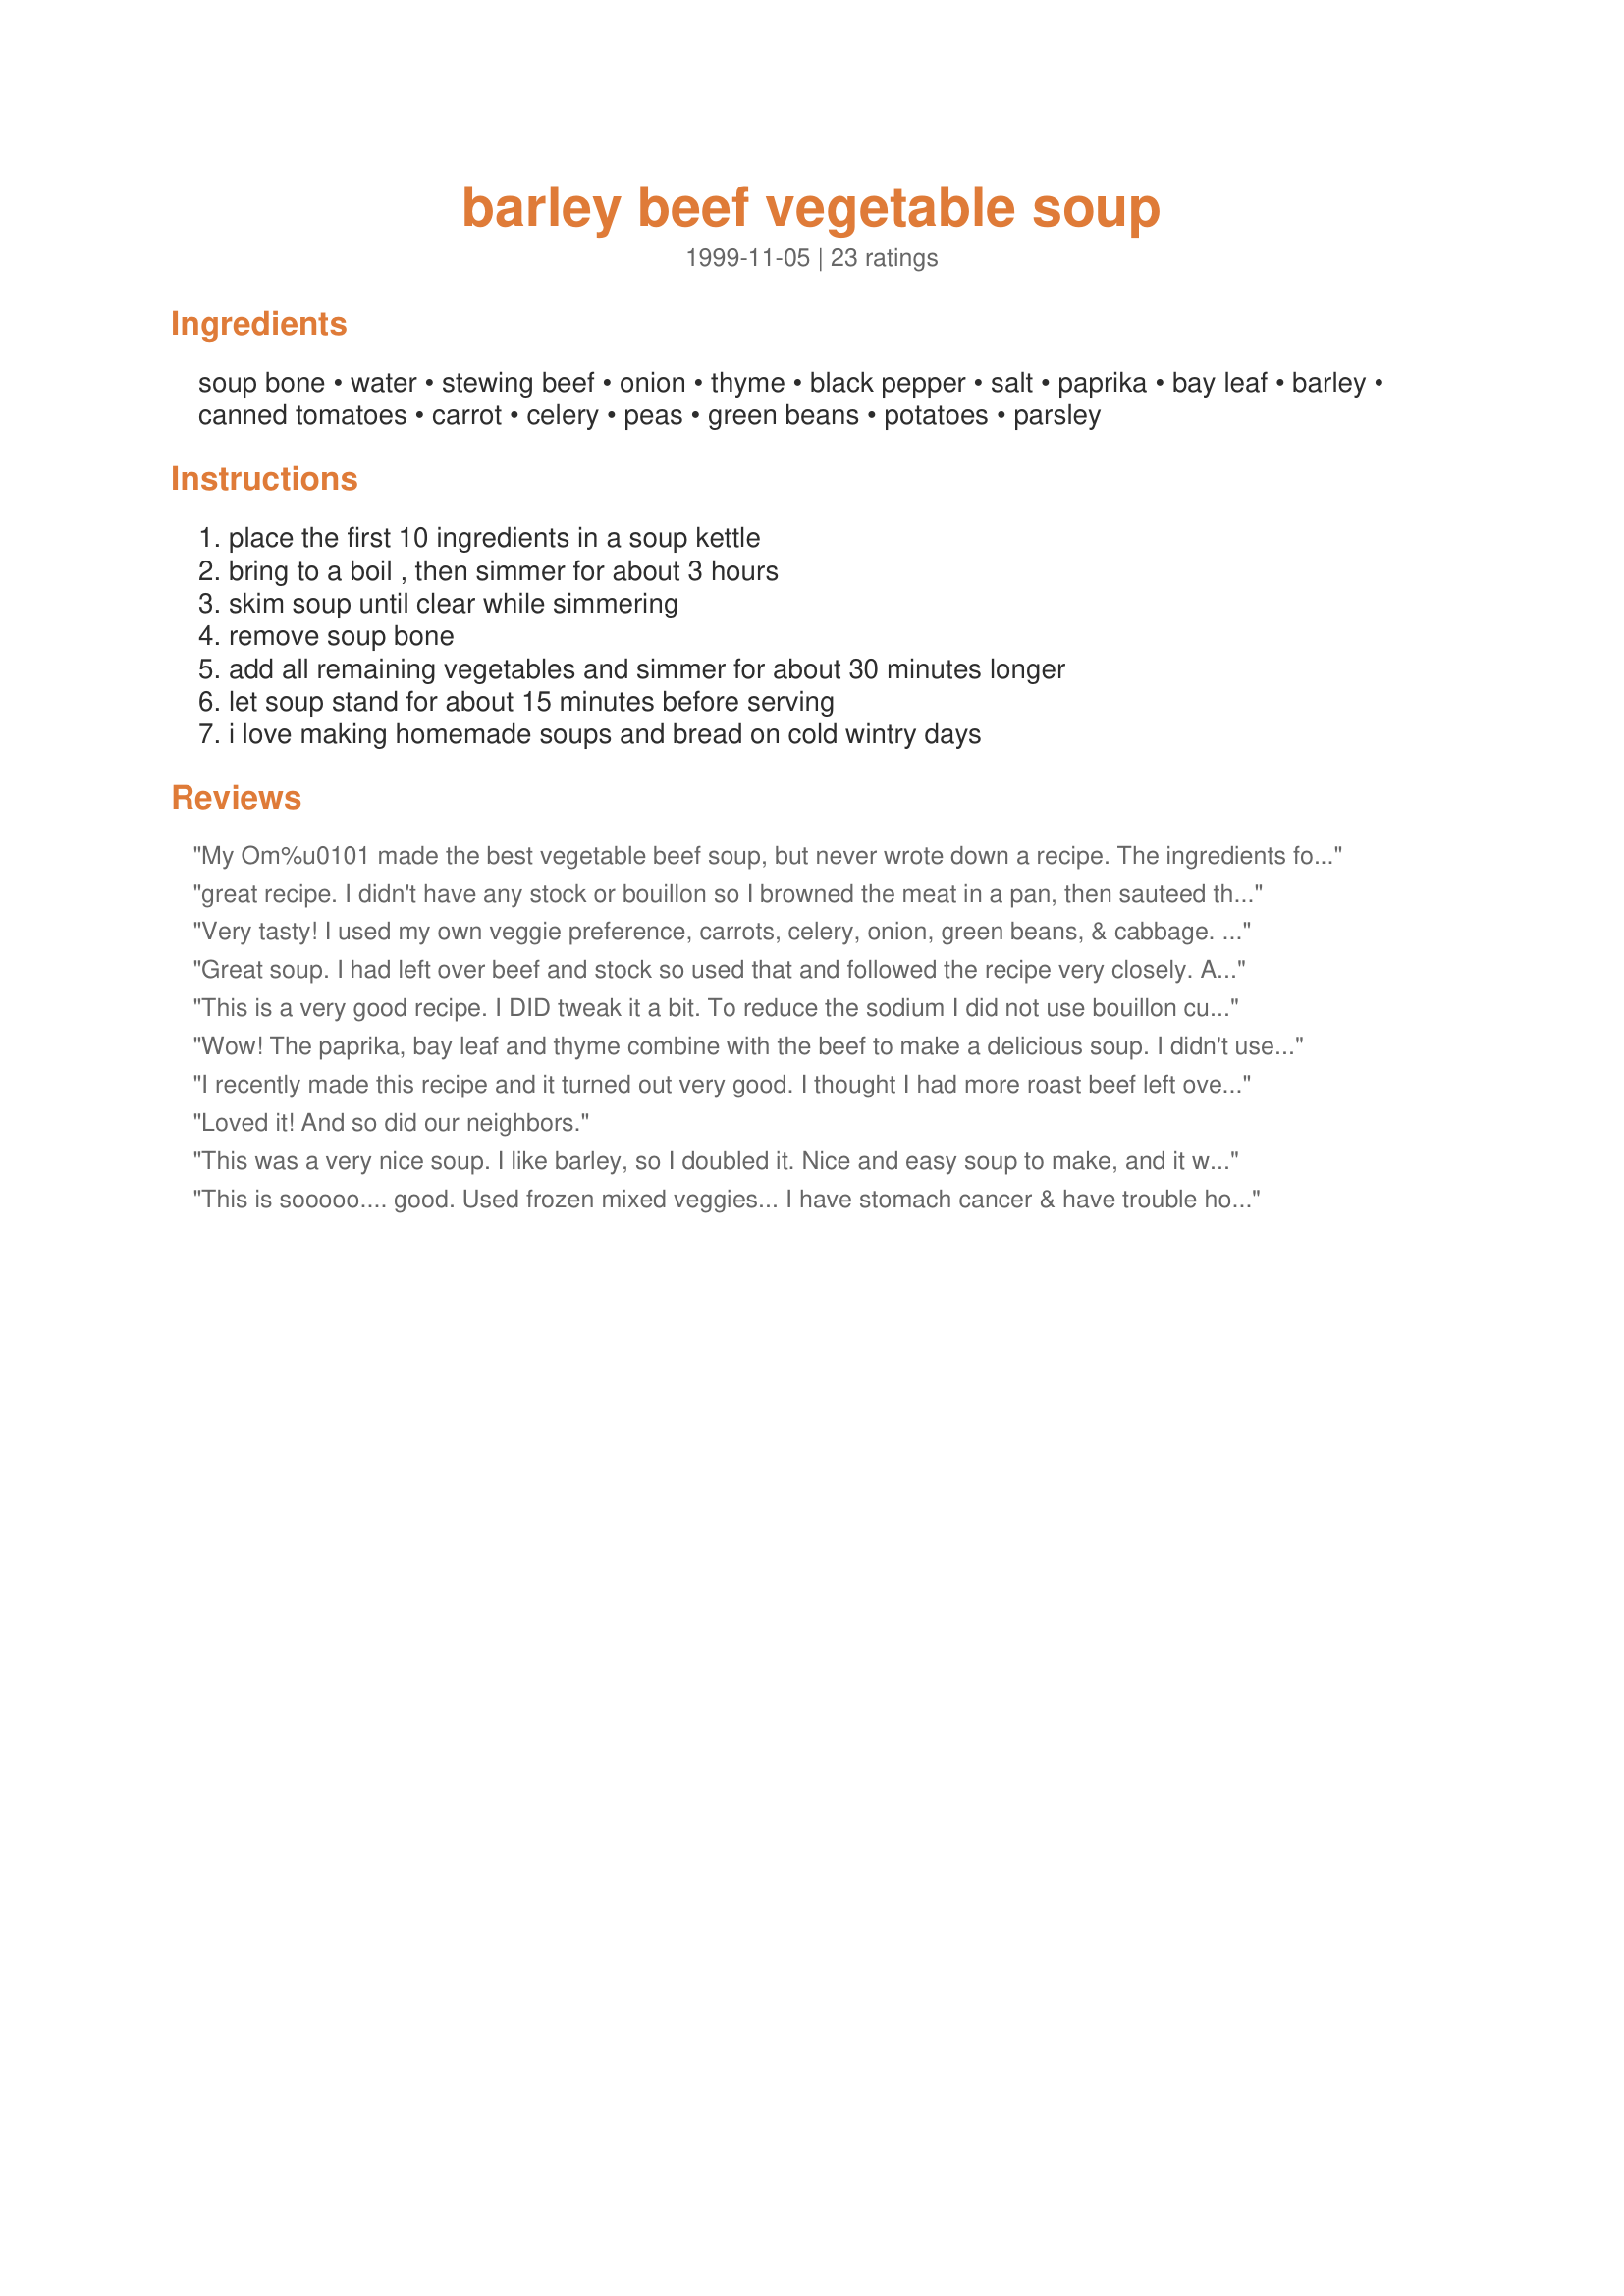
barley beef vegetable soup
Preparation time: 0 minutes

Ingredients:
soup bone, water, stewing beef, onion, thyme, black pepper, salt, paprika, bay leaf, barley, canned tomatoes, carrot, celery, peas, green beans, potatoes, parsley

Steps:
place the first 10 ingredients in a soup kettle, bring to a boil , then simmer for about 3 hours, skim soup until clear while simmering, remove soup bone, add all remaining vegetables and simmer for about 30 minutes longer, let soup stand for about 15 minutes before serving, i love making homemade soups and bread on cold wintry days

Reviews:
My Om%u0101 made the best vegetable beef soup, but never wrote down a recipe. The ingredients for this soup looked right so I cooked up a batch. Not quite the same, but very good. I did substitute crushed tomatoes for the chopped. (Can't handle that texture!) I%u2019ll certainly make it again and see if I can%u2019t tweak it just a bit closer.
great recipe. I didn't have any stock or bouillon so I browned the meat in a pan, then sauteed the onions a bit in the same pan. after that I de-glazed the pan with just plain old water and used that for the liquid. turned out great!
Very tasty! I used my own veggie preference, carrots, celery, onion, green beans, & cabbage. I left out the potatoes as I don't like them in soups & stews, they just get too mushy for me. I had 2 packages of soup bones in the freezer I wanted to use up, they had a lot of meat on them so just used that for the meat, it was fall of the bone tender, & really flavorful. We really enjoyed this & my elderly neighbor will too when we take him some tomorrow. Thanks Ziggy!
Great soup. I had left over beef and stock so used that and followed the recipe very closely. After I got home I added the veggies and let it cook. Very easy and great flavors.
This is a very good recipe. I DID tweak it a bit. To reduce the sodium I did not use bouillon cubes. And i used beef broth in place of the water. Other than that I pretty much stuck to the recipe! YUM!
Wow! The paprika, bay leaf and thyme combine with the beef to make a delicious soup. I didn't use peas or potatoes, so I added some turnips with greens. I waited until the end to add the salt and pepper, and finished with 1 teaspoon fresh thyme from my freezer. Thank you, Ziggy, I'll make this again.
I recently made this recipe and it turned out very good. I thought I had more roast beef left over than I did, so I had to use hamburger. I wasn't too sure about that, but it wasn't too bad (would've been better with stewing beef or steak, but i was without a car that day, so what can you do?) I also thought I had boullion left in the cupboard that wasn't there when I went for it, so had to settle for the gravy from the left over roast beef dinner. It wasn't the nice clear soup I had envisioned when I started out making this recipe, and I thought it might be a bit bland, but my family assured me that it was very good. I can't wait to try this one again with all the right ingredients!
Loved it! And so did our neighbors.
This was a very nice soup. I like barley, so I doubled it. Nice and easy soup to make, and it will last my family of 3 for a while!
This is sooooo.... good. Used frozen mixed veggies... I have stomach cancer & have trouble holding food down. Believe me, I ate more of this than anything I've been able to eat in a long time. Thank you, ziggy, for sharing a heart warming (& stomach settling) soup. I'm very grateful.
This is an superb recipe! Of course us cooks make the thing exactly as published, then we "tweek" it to our needs in subsequent makings. I make about 3 gallons at a time and after my family has our dinner, I divide it up into plastic containers and freeze most of it. BTW, Deer and Elk work as substitutes for beef and taste excellent! This is really, really tasty!!!
You say - add first 10 ingredients together and let boil and then simmer for 3 hours and &quot;(2) Skim soup til clear while simmering.&quot;

I did this and the onions came to the top with the &quot;stuff&quot; to skim. I had to take the onions out with skimmer to get rid of the &quot;stuff&quot;. Then I rinsed out the onions and added them back to the water.

I think there is a problem with the &quot;skimming&quot;. 

My question is - Do you really mean - add the onions with the first top 10 ingredients?? Or should they be added in later?
Don&#039;t like the potatoes. But otherwise this is good.
Excellent soup. I made this last winter and I can't wait to make it again.
This is one of my favorite soups to make! I normally use a bag of mixed veggies to replace the carrots, celery, peas, and green beans. I use a can of diced tomatoes and 2 boxes of beef broth to make prep easier, and I always double the barley. I like my soup thick and hearty! Served with some warm bread, or a grilled cheese sandwich, this is just delicious.
carrots need to be put in long before the last 30 mionutes of simmering.... still hard, and potatoes if used should be put in about and hour before finishing up.... have cooked this low sodium soup three times already and found the above needed to be added sooner than the last 30 minutes....in fact had it tonight for dinner..... 
good luck with my change
This is a great recipe! I made it with store-bought beef stock and added a little more tomato, because they came in a larger can, and doubled the barley. It came out fantastic. I did, however add the vegetables long before your recommended half hour, just so they'd be cooked. I'll make this again, for sure. Thank you for posting it, and thanks to the review by emcglone1979 for suggesting the doubled barle.
This is a really good-for-you, old fashioned soup. And so easy! I omitted the thyme and tomatoes as I didn't have any on hand, and this is great. My husband loves it and has it in a thermos on cold days. Don't be afraid of all that paprika! It makes it!!
I tried this it is easy & good, I did not add the peas & I used left over roast beef the flavor was fantastic cm
I don't view a 3-star review as a negative review. This is, as another reviewer said, a very nice soup. I would make it again but it isn't a "WOW" soup to our tastes. Thank you for sharing the recipe.
This a great recipe. But I would make a few changes.
 I would first replace the stewed meat with round steak trimming all fat off. Cut it in 1/4 inch pieces and saute with your salt and pepper in a lite oil till brown, leaving rare.(drain drippings)
 I would also saute the onions till they are see threw stirring constantly in 1-2 teaspooons butter or oil.
 Combining water, meat, onions, barley, thyme, paprika,and bay leaf,(remember the salt and pepper was added to the meat as it was sauteed)cover tightly and cook slowly 1 hour 15 minutes. This is when I would remove the lid every so often to skim the fats off the soup, using a fine mesh stainless steel strainer. If the onions are in the strainer and you wish to keep them in the soup tap the strainer in sink till only the onion is left,rinse only if you have to, return onions to soup. 
 Stir in tomatoes, carrots, celery,(if using fresh peas and green beans add them to the soup now,if your using frozen or canned add them 20 to 30 minutes before cooking time is finished,) cover and continue cooking for 45 minutes or until meat is tender and vegetables are done. 
Serve with a dinner roll.

So yummy! Great comfort food. Here are the changes I made: I used beef broth because I didn't have a soup bone. I seared the beef in a bit of olive oil and seasoned with salt and pepper. Then I wiped down the skillet and sauteed the onions in a little butter before adding them. I used tomato sauce instead of diced tomatoes because my kids prefer smoother soups. I added the carrots, celery and potatoes one hour before finishing and the frozen veggies (beans and peas) about 30 minutes before. Finally, I used small pasta because I didn't have barley, but I suspect barley would be better (heartier). Thanks for sharing this great recipe!
Thank-you. This made a very good soup on a very chilly ND day!
